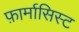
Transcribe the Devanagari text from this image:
फ़ार्मासिस्ट